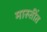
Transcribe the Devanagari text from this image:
मारुतींत